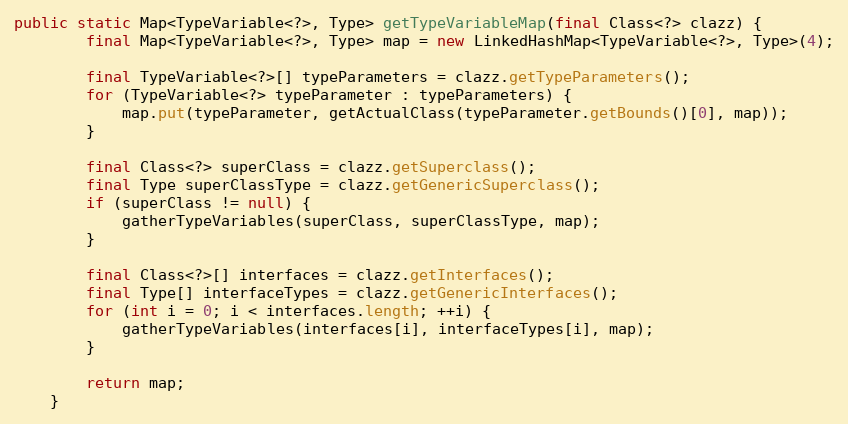
Language: Java
public static Map<TypeVariable<?>, Type> getTypeVariableMap(final Class<?> clazz) {
        final Map<TypeVariable<?>, Type> map = new LinkedHashMap<TypeVariable<?>, Type>(4);

        final TypeVariable<?>[] typeParameters = clazz.getTypeParameters();
        for (TypeVariable<?> typeParameter : typeParameters) {
            map.put(typeParameter, getActualClass(typeParameter.getBounds()[0], map));
        }

        final Class<?> superClass = clazz.getSuperclass();
        final Type superClassType = clazz.getGenericSuperclass();
        if (superClass != null) {
            gatherTypeVariables(superClass, superClassType, map);
        }

        final Class<?>[] interfaces = clazz.getInterfaces();
        final Type[] interfaceTypes = clazz.getGenericInterfaces();
        for (int i = 0; i < interfaces.length; ++i) {
            gatherTypeVariables(interfaces[i], interfaceTypes[i], map);
        }

        return map;
    }